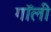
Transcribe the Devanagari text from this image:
गॉली